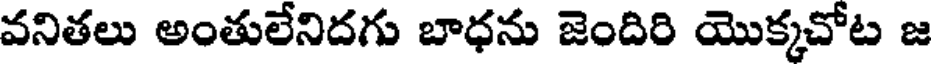
వనితలు అంతులేనిదగు బాధను జెందిరి యొక్కచోట జ